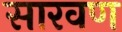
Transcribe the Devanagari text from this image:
सारवण